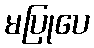
မပြုပေ